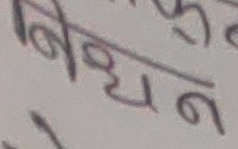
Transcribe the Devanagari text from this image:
शोधन